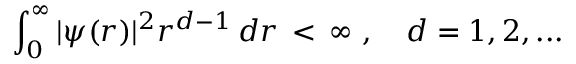
\int _ { 0 } ^ { \infty } | \psi ( r ) | ^ { 2 } r ^ { d - 1 } \, d r \, < \, \infty \ , \quad d = 1 , 2 , . . .